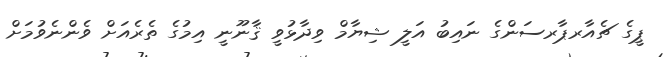
ޕީގެ ޗެއާރޕާރސަންގެ ނައިބު އަލީ ޝިޔާމް ވިދާޅުވީ ޤާނޫނީ އިމުގެ ތެރެއަށް ވެންނެވުމަށް